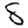
Digit: 8